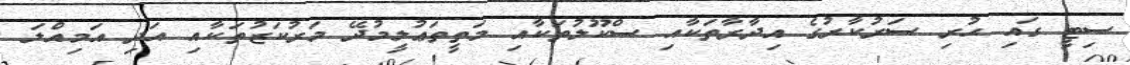
ސިޓީ ގައި ހުރި ސަރުކާރުގެ އިދާރާތަކާއި ސްކޫލުތަކާއި މަތީތަޢުލީމުދޭ މަރުކަޒުތަކާއި އަދި އަމިއްލަ